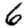
Digit: 6